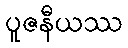
ပူဇနီယဿ